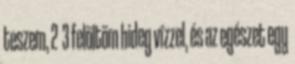
teszem, 2 3 felöltöm hideg vízzel, és az egészet egy